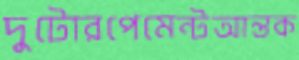
দুটোরপেমেন্টআন্তক